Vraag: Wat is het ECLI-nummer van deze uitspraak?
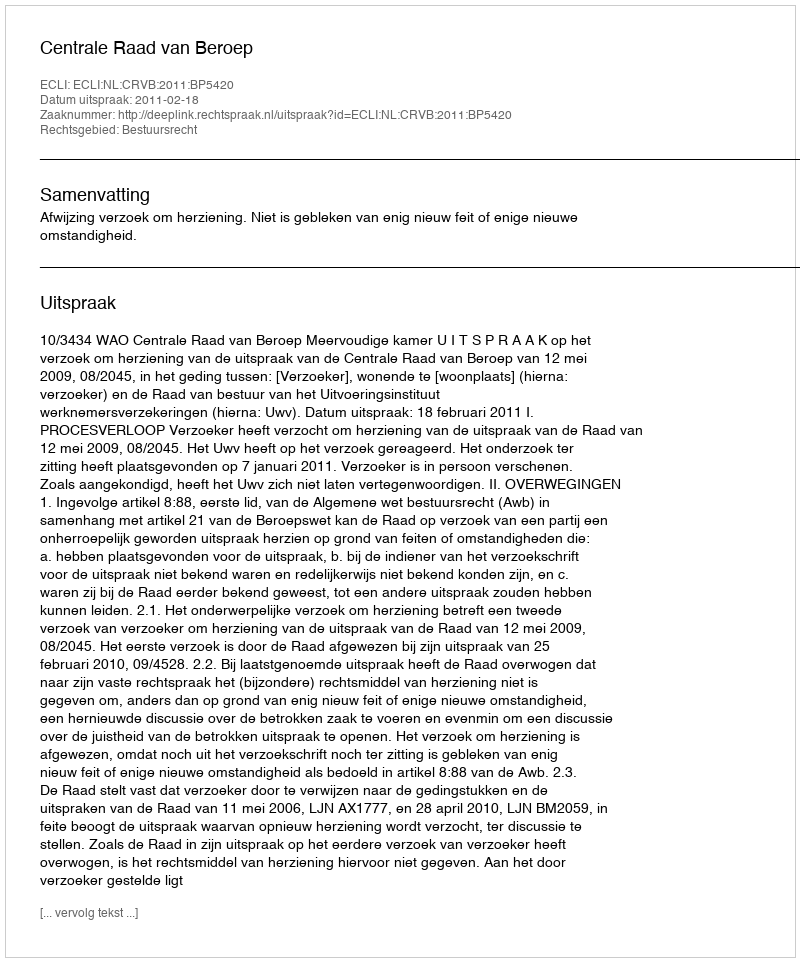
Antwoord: ECLI:NL:CRVB:2011:BP5420